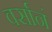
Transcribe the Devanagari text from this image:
वर्सानं